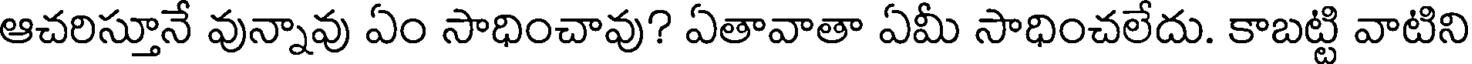
ఆచరిస్తూనే వున్నావు ఏం సాధించావు? ఏతావాతా ఏమీ సాధించలేదు. కాబట్టి వాటిని